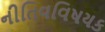
નીતિવવિષયક